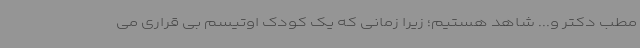
مطب دکتر و... شاهد هستیم؛ زیرا زمانی که یک کودک اوتیسم بی قراری می